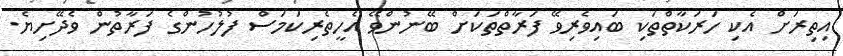
އިތިރަށް އެކި ހަރަކާތްތަކި ބައިވެރިވޭ ފަރާތްތަކަށް ބޭނުންވޭ އެހީތެރިކަމަސް ފުލުހުންގެ ފަރާތުން ވެދޭށިޔެ.